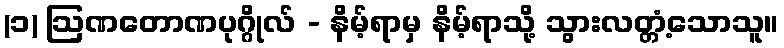
(၁) ဩဏတောဏပုဂ္ဂိုလ် - နိမ့်ရာမှ နိမ့်ရာသို့ သွားလတ္တံ့သောသူ။